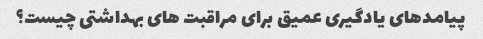
پیامدهای یادگیری عمیق برای مراقبت های بهداشتی چیست؟